画像に写った文字を読んでください
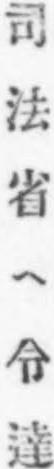
「司法省ヘ令達」と書いてあります